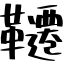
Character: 韆